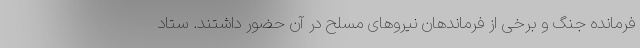
فرمانده جنگ و برخی از فرماندهان نیروهای مسلح در آن حضور داشتند. ستاد